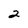
Character: 2